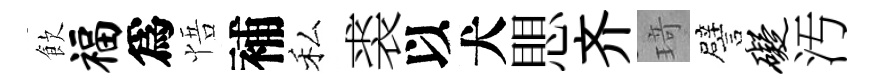
飲福爲悟補私裘以犬愳齐𤦺譬碍汚